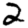
Digit: 2